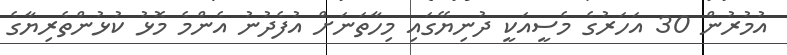
އުމުރުން 30 އަހަރުގެ މެސީއަކީ ދުނިޔޭގައި މިހާތަނަށް އުފެދުނު އެންމެ މޮޅު ކުޅުންތެރިޔާގެ